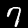
Label: 7